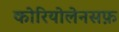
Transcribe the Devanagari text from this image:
कोरियोलेनसफ़